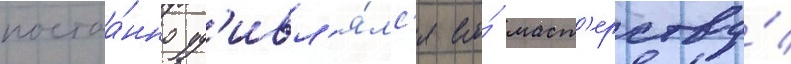
постоа́нно уд'ивл'я́лс'я его́ маст'ерству́